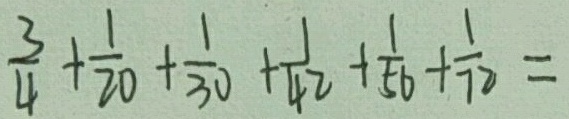
\frac { 3 } { 4 } + \frac { 1 } { 2 0 } + \frac { 1 } { 3 0 } + \frac { 1 } { 4 2 } + \frac { 1 } { 5 0 } + \frac { 1 } { 7 2 } =